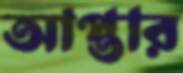
আপ্তার